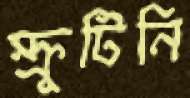
স্ক্রুটিনি